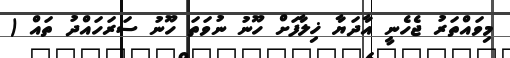
މިވައްތަރު ޖެހެނީ އާދަޔާ ޚިލާފަށް ހޫނު ނުވަތަ ހޫނު ސަރަހައްދު ތައް (